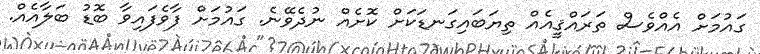
ގައުމަށް އެއްވެސް ތަރައްޤީއެއް ތިޔަބައިގަނޑަކަށް ކޮށެއް ނުދެވޭނެ. ގައުމަށް ފާވެފައިވާ ބޮޑު ބަލާއެއް.